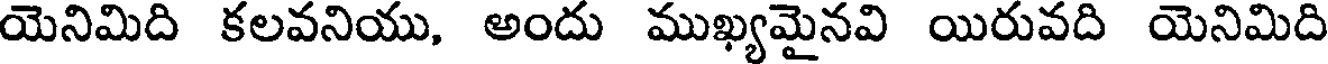
యెనిమిది కలవనియు, అందు ముఖ్యమైనవి యిరువది యెనిమిది